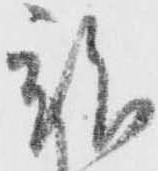
祚